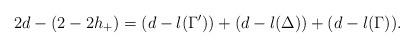
LaTeX: \begin{align*}2d-(2-2h_+)=(d-l(\Gamma^{\prime}))+(d-l(\Delta))+(d-l(\Gamma)).\end{align*}